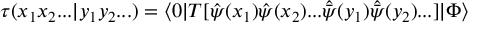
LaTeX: \tau ( x _ { 1 } x _ { 2 } . . . | y _ { 1 } y _ { 2 } . . . ) = \langle 0 | T [ { \hat { \psi } } ( x _ { 1 } ) { \hat { \psi } } ( x _ { 2 } ) . . . { \hat { \bar { \psi } } } ( y _ { 1 } ) { \hat { \bar { \psi } } } ( y _ { 2 } ) . . . ] | \Phi \rangle